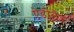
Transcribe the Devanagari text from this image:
ऐडीलैड